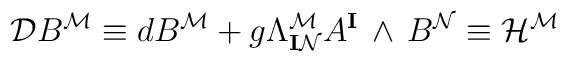
\mathcal{D}B^\mathcal{M} \equiv dB^\mathcal{M}  + g  \Lambda^\mathcal{M}_{\mathbf{I}\mathcal{N}} A^\mathbf{I} \,  \wedge \,  B^\mathcal{N} \equiv \mathcal{H}^\mathcal{M}